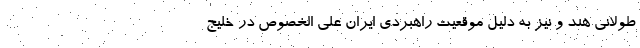
طولانی هند و نیز به دلیل موقعیت راهبردی ایران علی الخصوص در خلیج